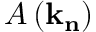
A \left( \mathbf { k } _ { \mathbf { n } } \right)